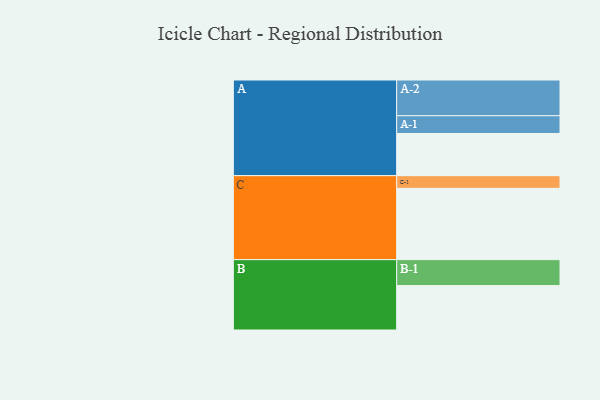
{"axis": {"x": "Segment", "y": "Value"}, "legend": ["", "A", "B", "C"], "data": [{"x": "A", "y": 340, "type": ""}, {"x": "B", "y": 358, "type": ""}, {"x": "C", "y": 575, "type": ""}, {"x": "A-1", "y": 143, "type": "A"}, {"x": "A-2", "y": 288, "type": "A"}, {"x": "B-1", "y": 209, "type": "B"}, {"x": "C-1", "y": 102, "type": "C"}]}